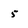
Character: 5